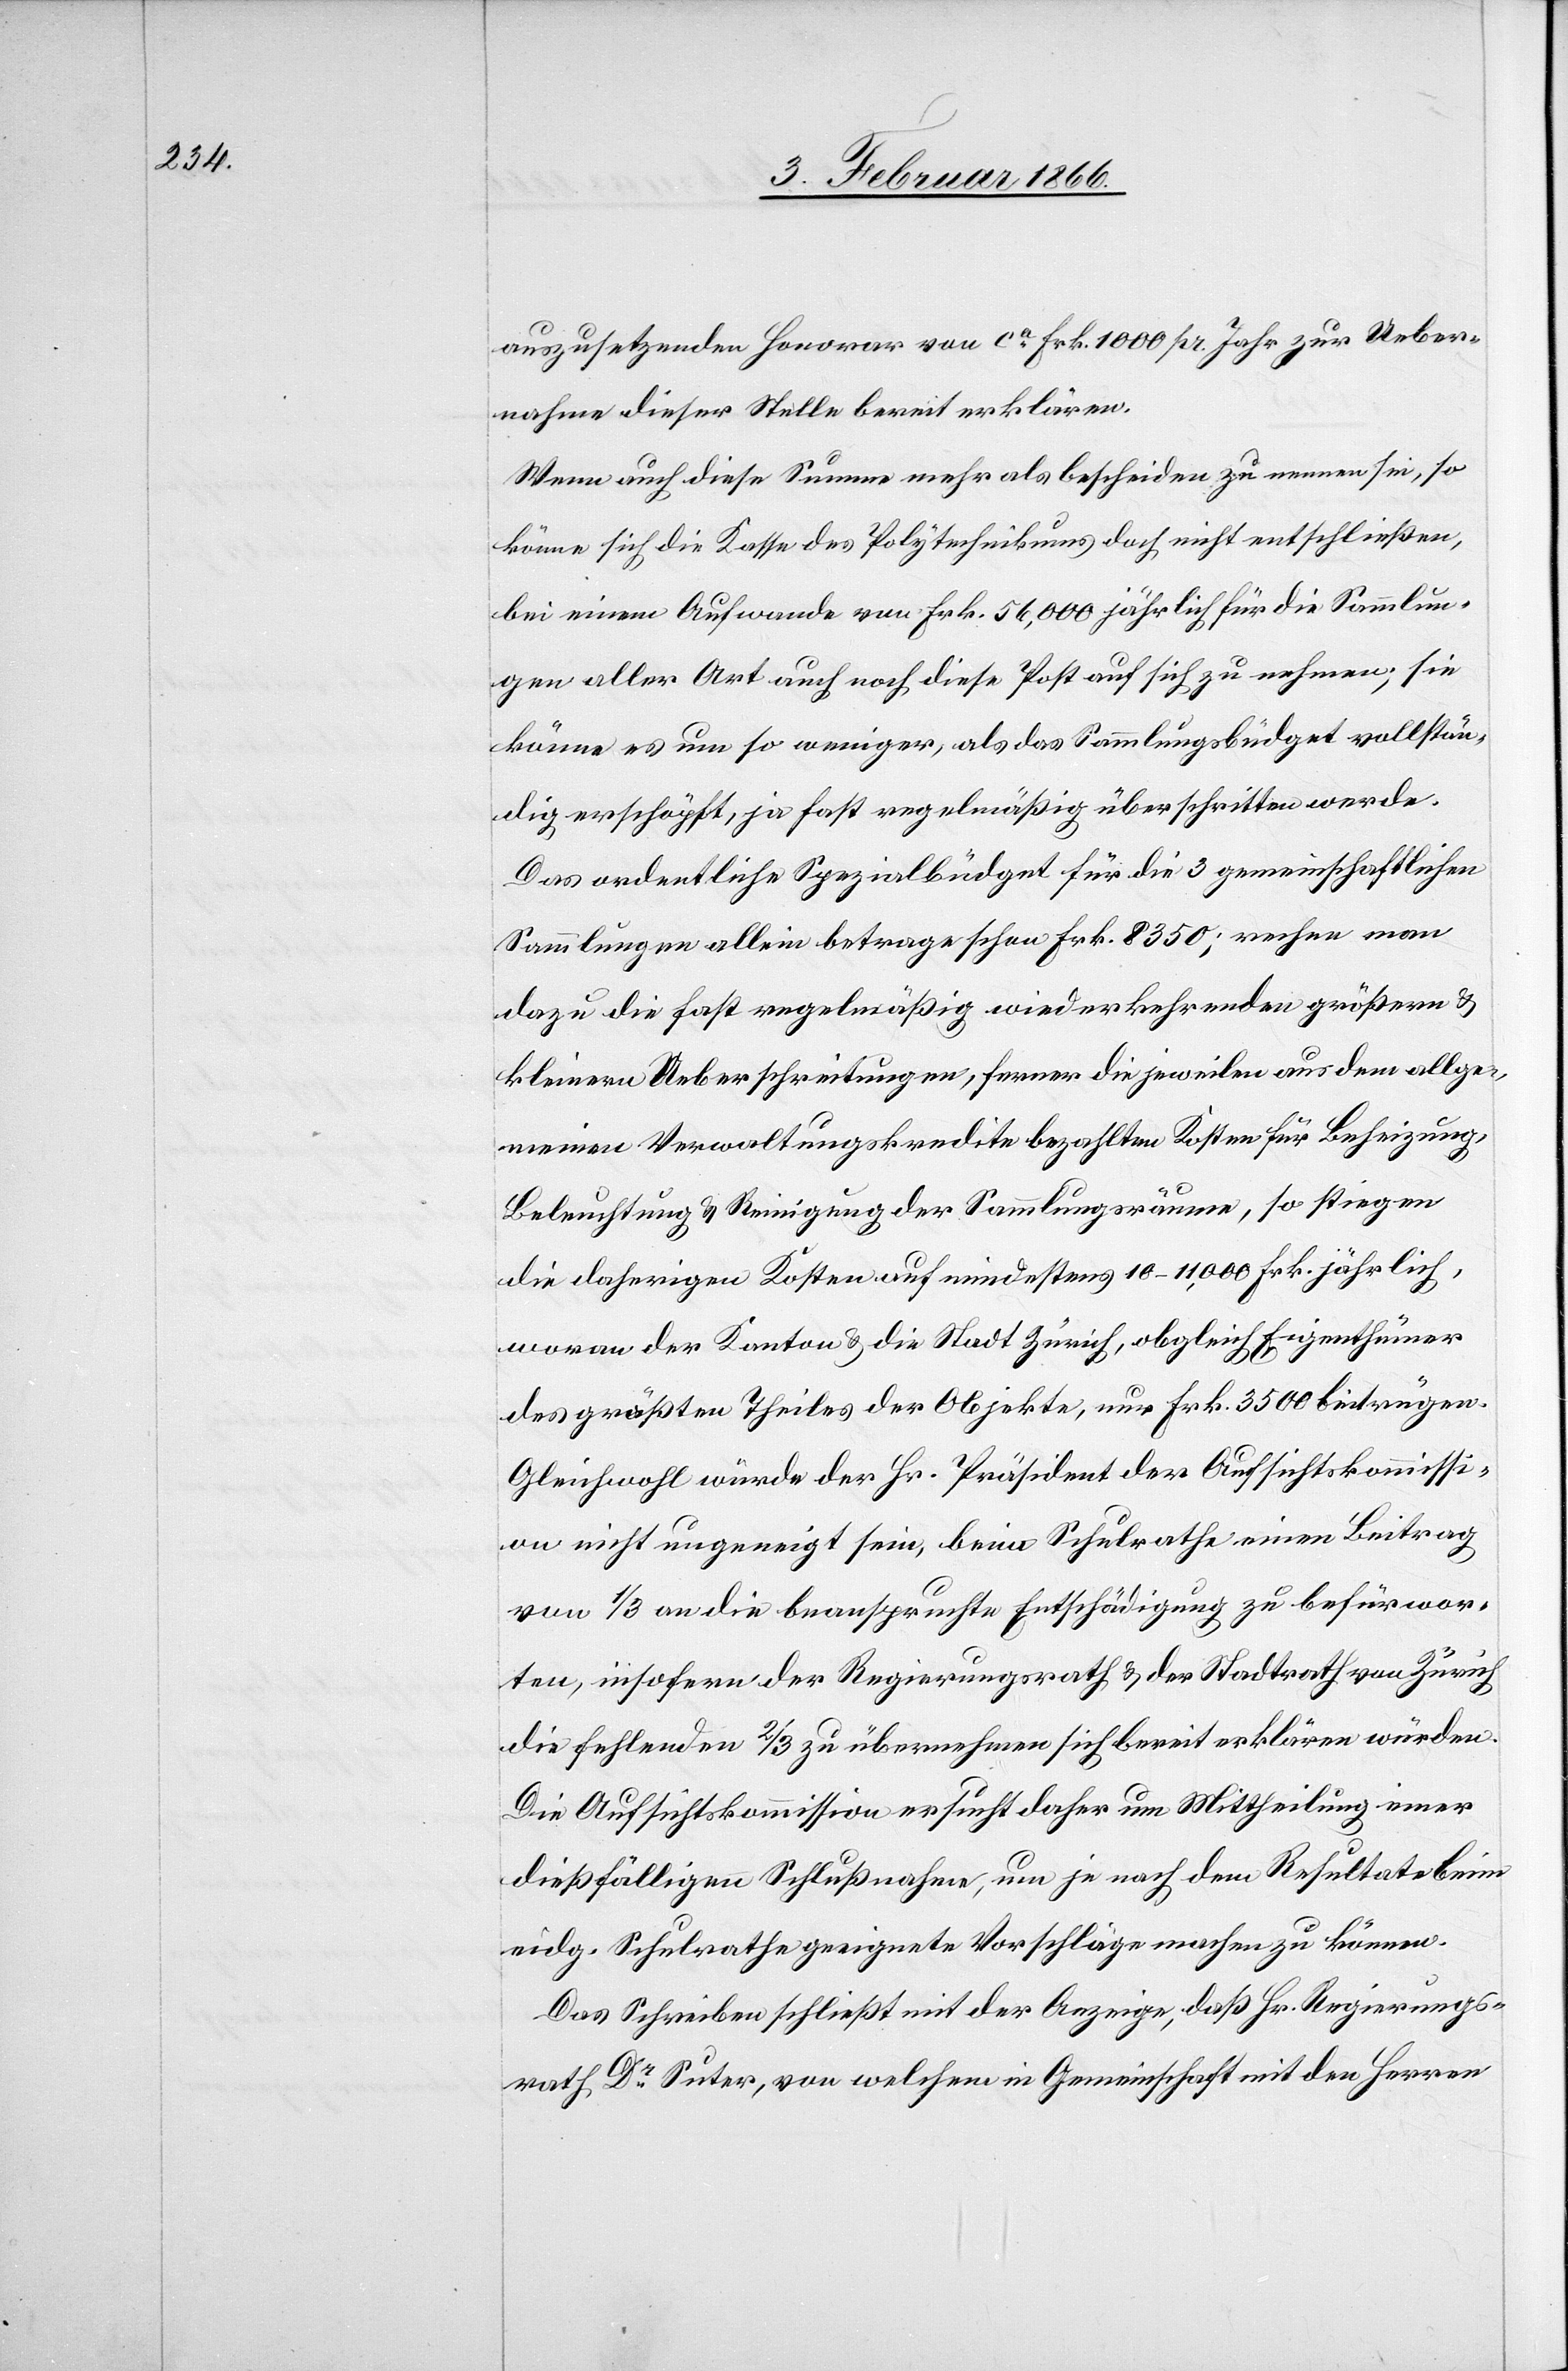
auszusetzenden Honorar von ca. Frk. 1000 pr. Jahr zur Ueber¬
nahme dieser Stelle bereit erklären.
Wenn auch diese Summe mehr als bescheiden zu nennen sei, so
könne sich die Kasse des Polytechnikums doch nicht entschließen,
bei einem Aufwande von Frk. 56 000 jährlich für die Sammlun¬
gen aller Art auch noch diese Post auf sich zu nehmen; sie
könne es um so weniger, als das Sammlungsbüdget vollstän¬
dig erschöpft, ja fast regelmäßig überschritten werde.
Das ordentliche Spezialbüdget für die 3 gemeinschaftlichen
Sammlungen allein betrage schon Frk. 8350; rechne man
dazu die fast regelmäßig wiederkehrenden größern u.
kleinern Ueberschreitungen, ferner die jeweilen aus dem allge¬
meinen Verwaltungskredite bezahlten Kosten für Beheizung,
Beleuchtung u. Reinigung der Sammlungsräume, so stiegen
die daherigen Kosten auf mindestens 10–11 000 Frk. jährlich,
woran der Kanton u. die Stadt Zürich, obgleich Eigenthümer
des größten Theiles der Objekte, nur Frk. 3500 beitrügen.
Gleichwohl würde der Hr. Präsident der Aufsichtskommissi¬
on nicht ungeneigt sein, beim Schulrathe einen Beitrag
von 1/3 an die beanspruchte Entschädigung zu befürwor¬
ten, insofern der Regierungsrath u. der Stadtrath von Zürich
die fehlenden ⅔ zu übernehmen sich bereit erklären würden.
Die Aufsichtskommission ersucht daher um Mittheilung einer
dießfälligen Schlußnahme, um je nach dem Resultate beim
eidg. Schulrathe geeignete Vorschläge machen zu können.
Das Schreiben schließt mit der Anzeige, daß Hr. Regierungs¬
rath Dr. Suter, von welchem in Gemeinschaft mit den Herren